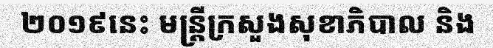
២០១៩នេះ មន្ត្រីក្រសួងសុខាភិបាល និង